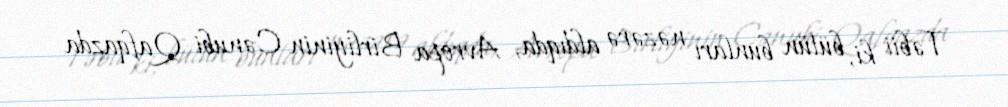
Təbii ki, bütün bunları nəzərə aldıqda, Avropa Birliyinin Cənubi Qafqazda